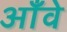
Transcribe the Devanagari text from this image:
आँवे